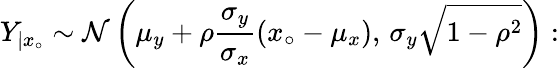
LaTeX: Y_{|x_{\circ}}\sim{\cal N}\left(\mu_{y}+\rho\frac{\sigma_{y}}{\sigma_{x}}\left(x_{\circ}-\mu_{x}\right),\, \sigma_{y}\sqrt{1-\rho^{2}}\right):